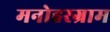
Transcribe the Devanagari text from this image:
मनोहरग्राम